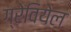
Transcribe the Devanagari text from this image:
ग्रेवियेल